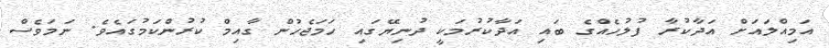
އަމިއްލައަށް އަދާކުރާ ފުލުހެއްގެ ބައި އަދާކުރުމަކީ ދުނިޔޭގައި ހަމަޖެހުން ގާއިމް ކުރުންކަމުގައެވެ. ނަމަވެސް